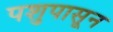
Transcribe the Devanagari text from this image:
पशुपासून